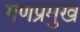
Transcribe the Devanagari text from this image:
गणप्रमुख